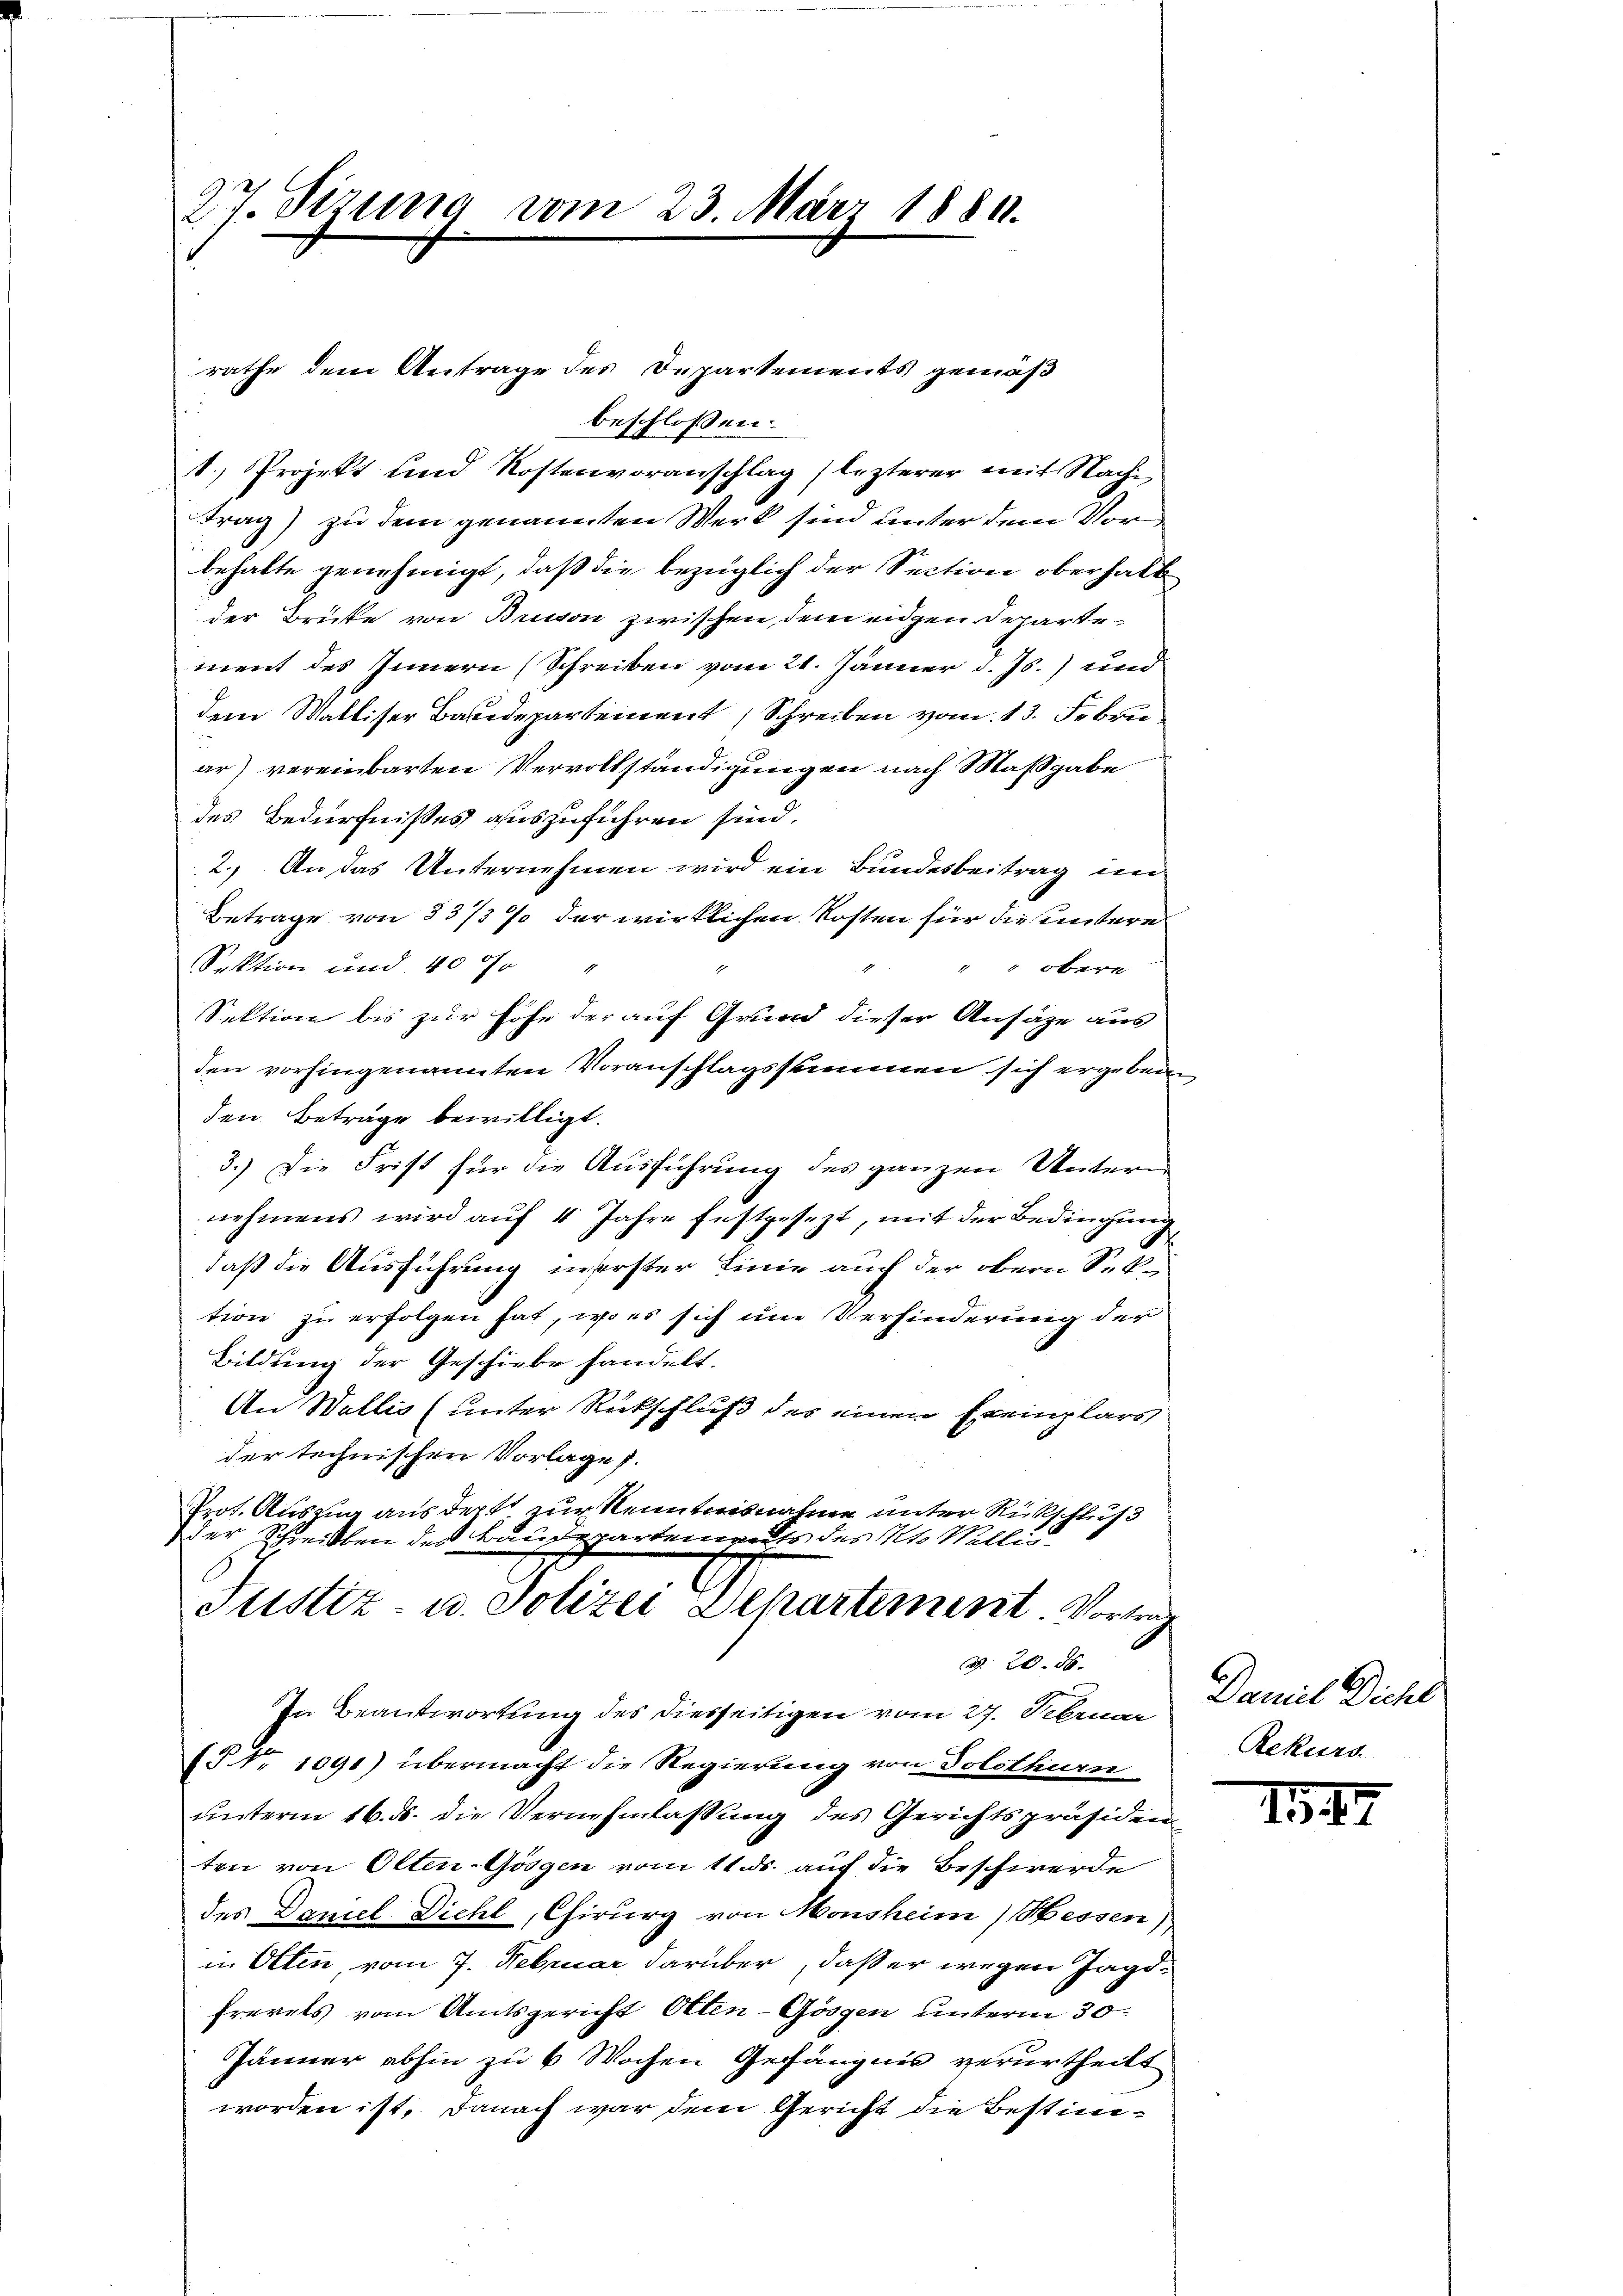
27. Sizung vom 23. März 1880.

rathe dem Antrage des Departements gemäß

beschlossen:
1.) Projekt und Kostenvoranschlag (lezterer mit Nache
trag) zu dem genannten Werk sind unter dem Vor
behalte genehmigt, daß die bezüglich der Section oberhalb
der Brüke von Brison zwischen dem eidgen Departement des Innern (Schreiben vom 21. Jänner d. Js.) und
dem Walliser Baudepartement (Schreiben vom 13. Febru
ar) vereinbarten Vervollständigungen nach Maßgabe
des Bedürfnisses auszuführen sind.
2.) An das Unternehmen wird ein Bundesbeitrag und
Betrage von 33/3 % der wirklichen Kosten für die untere
Sektion und 400fr
obere
Sektion bis zur Höhe der auf Grund dieser Ansähe aus
den vorhingenannten Voranschlagssummen sich ergeben,
den Betrage bewilligt.
3.) Die Frist für die Ausführung des ganzen Untern
nehmens wird auf 4 Jahre festgesezt, mit der Bedingung
daß die Ausführung inserster Linie auch der obern Sektion zu erfolgen hat, wo es sich um Verhinderung der
Bildung der Geschiebe handelt.
An Wallis (unter Rückschluß der einen Exemplars
der technischen Vorlage).
Prot. Auszug aus der zur Kenntnisnahme unter Rückschluß
der Schreibten des Baudepartem Er des N. Mellig-
Justiz- u. Polizei Departement Vortrag
§. 28. 58.
In Beantwortung des diesseitigen vom 27. Februar
§§. 1091) übermacht die Regierung von Solothurn
unterm 16. ds. die Vernehmlassung des Gerichtspräsiden
ten von Olten-Gösgen vom 11. ds. auf die Beschwerde
des Daniel Dichl, Chirurg von Monsheim) Hessen),
in Otten, vom 7. Februar darüber, daß er wegen Jagdfrevets vom Amtsgericht Otten-Gösgen unterm 30.
Jänner abhin zu 6 Wochen Gefängnis verurtheilt
worden ist, danach war dem Gericht die Bestim¬

Damit Dichl
Rekurs.

154